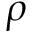
\rho